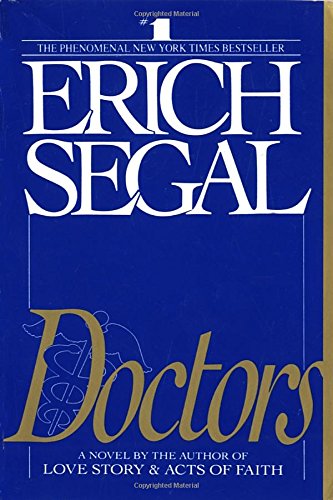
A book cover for Doctors: A Novel; Erich Segal; Literature & Fiction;